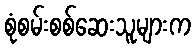
စုံစမ်းစစ်ဆေးသူများက